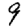
Digit: 9